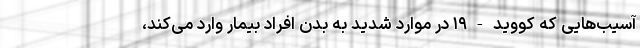
آسیب‌هایی که کووید-۱۹ در موارد شدید به بدن افراد بیمار وارد می‌کند،